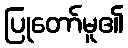
ပြုတော်မူ၏